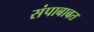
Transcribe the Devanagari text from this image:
संपाबाबत